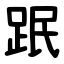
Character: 䟨